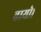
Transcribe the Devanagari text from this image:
वायो।